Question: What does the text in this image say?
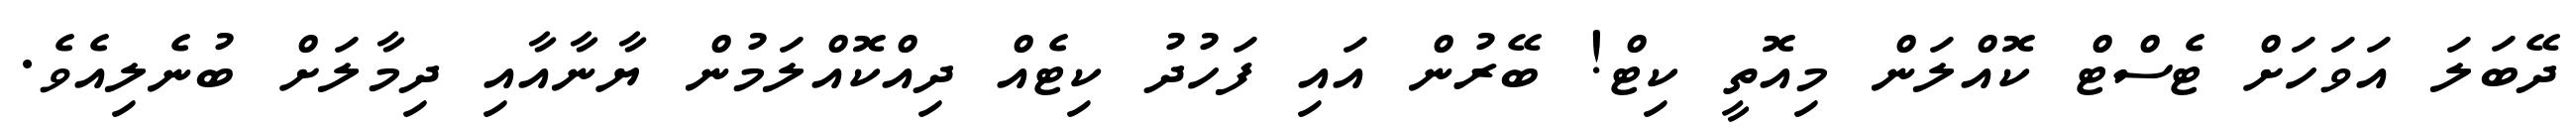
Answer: ދޭބަލަ އަވަހަށް ޓެސްޓް ކޮއްލަން މިއޮތީ ކިޓް! ބޭރުން އައި ފަހުދު ކިޓެއް ދިއްކޮއްލަމުން ޔާނާއާއި ދިމާލަށް ބުނެލިއެވެ.